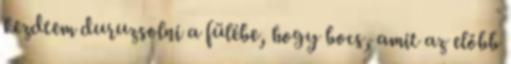
kezdtem duruzsolni a fülébe, hogy bocs, amit az előbb